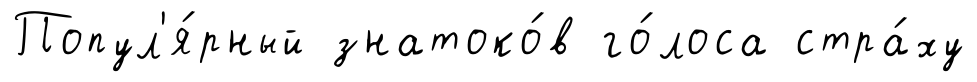
Попул'я́рный знатоко́в го́лоса стра́ху